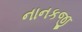
નાનકજી